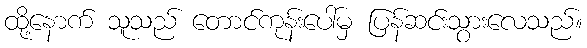
ထို့နောက် သူသည် တောင်ကုန်းပေါ်မှ ပြန်ဆင်းသွားလေသည်။